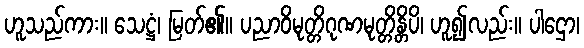
ဟူသည်ကား။ သေဋ္ဌံ၊ မြတ်၏။ ပညာဝိမုတ္တိဂုဏမုတ္တိန္တိပိ၊ ဟူ၍လည်း။ ပါဌော၊